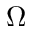
\Omega